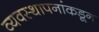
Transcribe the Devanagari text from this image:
व्यवस्थापनांकडून